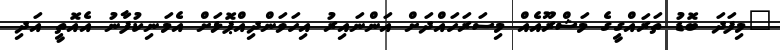
"މިފަދަ ބޮޑު ތަރައްގީގެ މަޝްރޫއެއް މިސަރަހައްދަށް އަންނައިރު އިހަވަންދިއްޕޮޅަށް އެމަނިކުފާނު އެއޮތީ އަދި